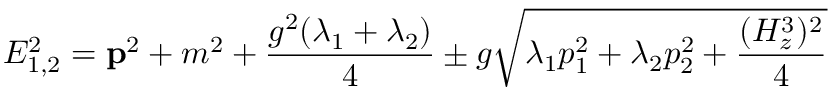
E _ { 1 , 2 } ^ { 2 } = { \bf p } ^ { 2 } + m ^ { 2 } + \frac { g ^ { 2 } ( \lambda _ { 1 } + \lambda _ { 2 } ) } { 4 } \pm g \sqrt { \lambda _ { 1 } p _ { 1 } ^ { 2 } + \lambda _ { 2 } p _ { 2 } ^ { 2 } + \frac { ( H _ { z } ^ { 3 } ) ^ { 2 } } { 4 } }